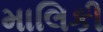
માલિકી